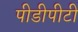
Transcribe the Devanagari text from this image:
पीडीपीटी